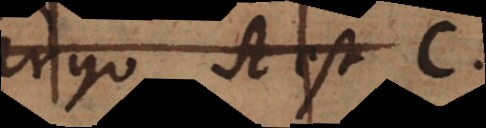
ergo AB est C